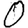
Digit: 0